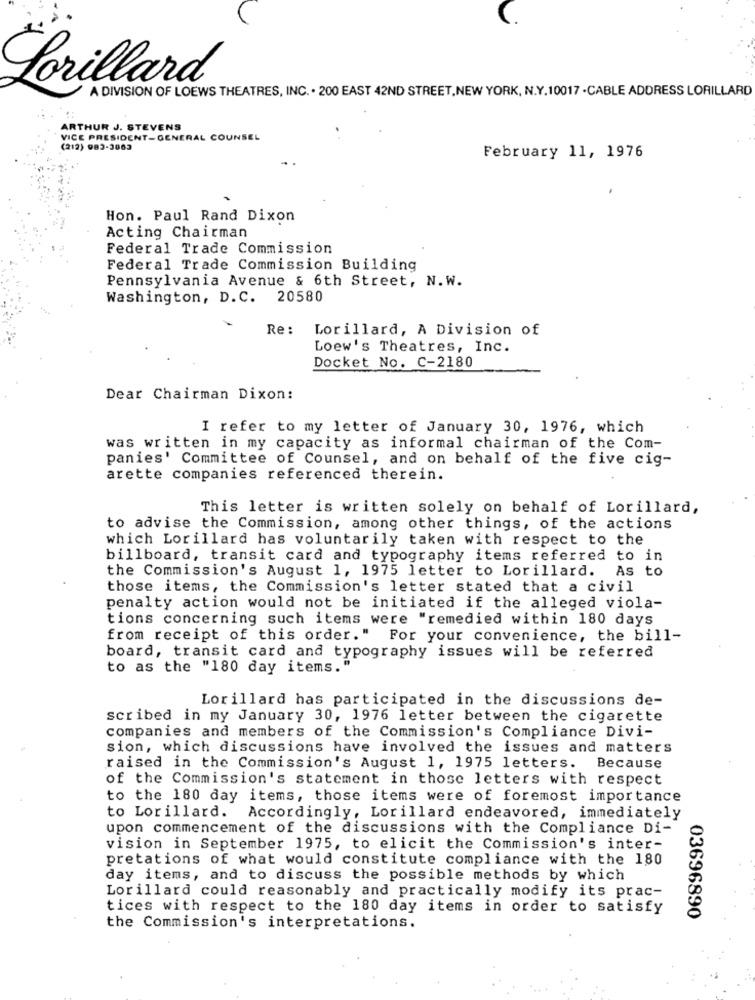
Lorillard
A DIVISION OF LOEWS THEATRES, INC. . 200 EAST 42ND STREET, NEW YORK, N.Y.10017 -CABLE ADDRESS LORILLARD
ARTHUR J. STEVENS
VICE PRESIDENT-GENERAL COUNSEL
(212) 983-3063
February 11, 1976
Hon. Paul Rand Dixon
Acting Chairman
Federal Trade Commission
Federal Trade Commission Building
Pennsylvania Avenue & 6th Street, N.W.
Washington, D.C. 20580
Re :
Lorillard, A Division of
Loew's Theatres, Inc.
Docket No. C-2180
Dear Chairman Dixon:
I refer to my letter of January 30, 1976, which
was written in my capacity as informal chairman of the Com-
panies' Committee of Counsel, and on behalf of the five cig-
arette companies referenced therein.
This letter is written solely on behalf of Lorillard,
to advise the Commission, among other things, of the actions
which Lorillard has voluntarily taken with respect to the
billboard, transit card and typography items referred to in
the Commission's August 1, 1975 letter to Lorillard. As to
those items, the Commission's letter stated that a civil
penalty action would not be initiated if the alleged viola-
tions concerning such items were "remedied within 180 days
from receipt of this order." For your convenience, the bill-
board, transit card and typography issues will be referred
to as the "180 day items.
Lor illard has participated in the discussions de-
scribed in my January 30, 1976 letter between the cigarette
companies and members of the Commission's Compliance Divi-
sion, which discussions have involved the issues and matters
raised in the Commission's August 1, 1975 letters. Because
of the Commission's statement in those letters with respect
to the 180 day items, those items were of foremost importance
to Lorillard. Accordingly, Lorillard endeavored, immediately
upon commencement of the discussions with the Compliance Di-
vision in September 1975, to elicit the Commission's inter-
pretations of what would constitute compliance with the 180
day items, and to discuss the possible methods by which
Lorillard could reasonably and practically modify its prac-
tices with respect to the 180 day items in order to satisfy
03696890
the Commission's interpretations.